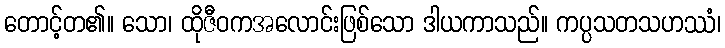
တောင့်တ၏။ သော၊ ထိုဇီဝကအလောင်းဖြစ်သော ဒါယကာသည်။ ကပ္ပသတသဟဿံ၊